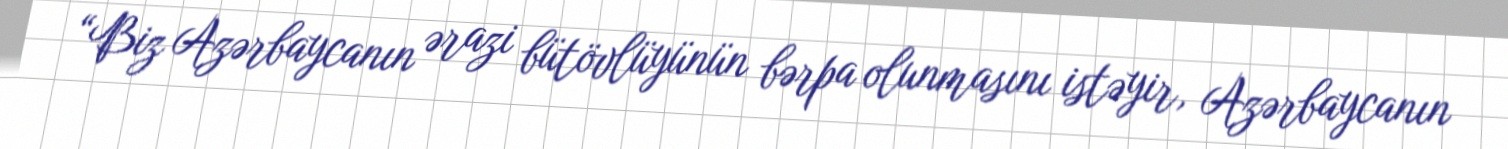
“Biz Azərbaycanın ərazi bütövlüyünün bərpa olunmasını istəyir, Azərbaycanın